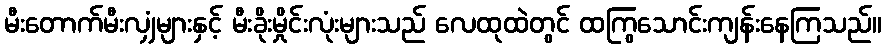
မီးတောက်မီးလျှံများနှင့် မီးခိုးမှိုင်းလုံးများသည် လေထုထဲတွင် ထကြွသောင်းကျန်းနေကြသည်။